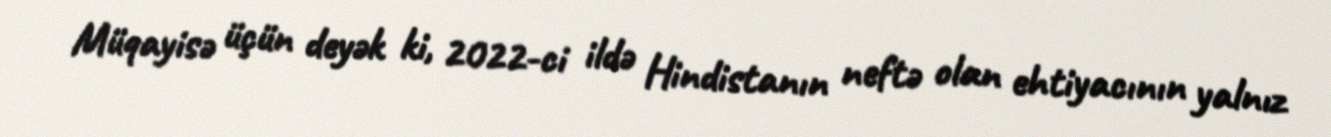
Müqayisə üçün deyək ki, 2022-ci ildə Hindistanın neftə olan ehtiyacının yalnız